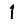
Digit: 1